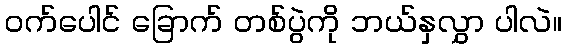
ဝက်ပေါင် ခြောက် တစ်ပွဲကို ဘယ်နှလွှာ ပါလဲ။